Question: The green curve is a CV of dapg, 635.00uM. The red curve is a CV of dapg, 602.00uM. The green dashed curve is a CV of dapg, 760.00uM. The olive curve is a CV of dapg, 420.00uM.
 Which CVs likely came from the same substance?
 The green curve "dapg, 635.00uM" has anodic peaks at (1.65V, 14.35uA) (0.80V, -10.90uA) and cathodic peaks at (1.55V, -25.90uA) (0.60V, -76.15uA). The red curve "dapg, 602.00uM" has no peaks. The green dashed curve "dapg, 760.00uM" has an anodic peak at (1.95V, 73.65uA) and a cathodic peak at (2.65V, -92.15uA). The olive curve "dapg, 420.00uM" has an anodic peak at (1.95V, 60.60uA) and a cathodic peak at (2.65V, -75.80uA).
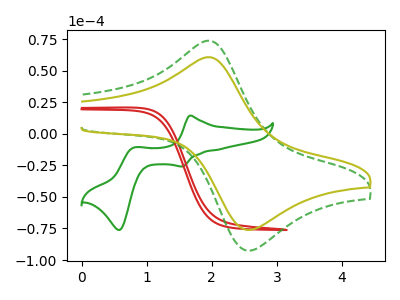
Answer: <think>"dapg, 635.00uM" and "dapg, 602.00uM" have a different number of peaks. "dapg, 635.00uM" and "dapg, 760.00uM" have a different number of peaks. "dapg, 635.00uM" and "dapg, 420.00uM" have a different number of peaks. "dapg, 602.00uM" and "dapg, 760.00uM" have a different number of peaks. "dapg, 602.00uM" and "dapg, 420.00uM" have a different number of peaks. All the peaks in "dapg, 760.00uM" have a peak in "dapg, 420.00uM" at the same potential. Every peak in "dapg, 760.00uM" is higher than every peak in "dapg, 420.00uM".
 </think>
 <answer>"dapg, 420.00uM" and "dapg, 760.00uM" have the same shape and are likely CV's of the same chemical.</answer>
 <eval>"dapg, 420.00uM" "dapg, 760.00uM"</eval>